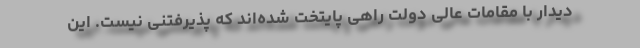
دیدار با مقامات عالی دولت راهی پایتخت شده‌اند که پذیرفتنی نیست. این